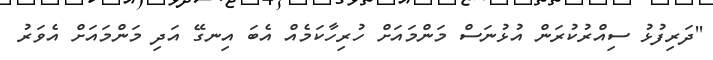
''ދަރިފުޅު ސިއްރުކުރަން އުޅުނަސް މަންމައަށް ހުރިހާކަމެއް އެބަ އިނގޭ އަދި މަންމައަށް އެވަރު